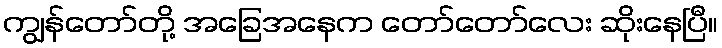
ကျွန်တော်တို့ အခြေအနေက တော်တော်လေး ဆိုးနေပြီ။